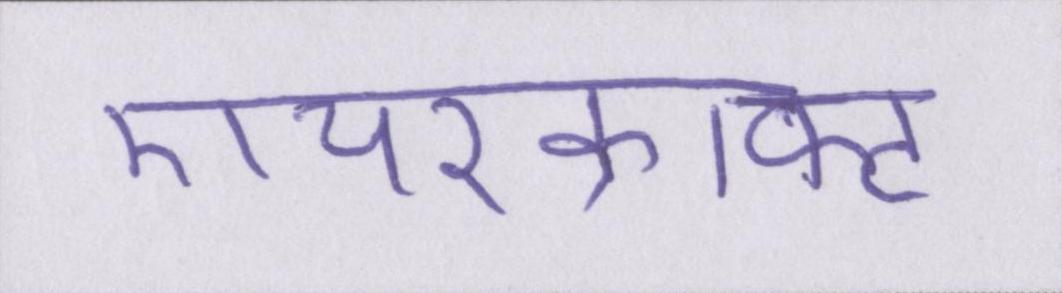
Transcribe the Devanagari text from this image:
एयरक्राफ्ट